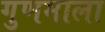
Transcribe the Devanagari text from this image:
गुणमाला